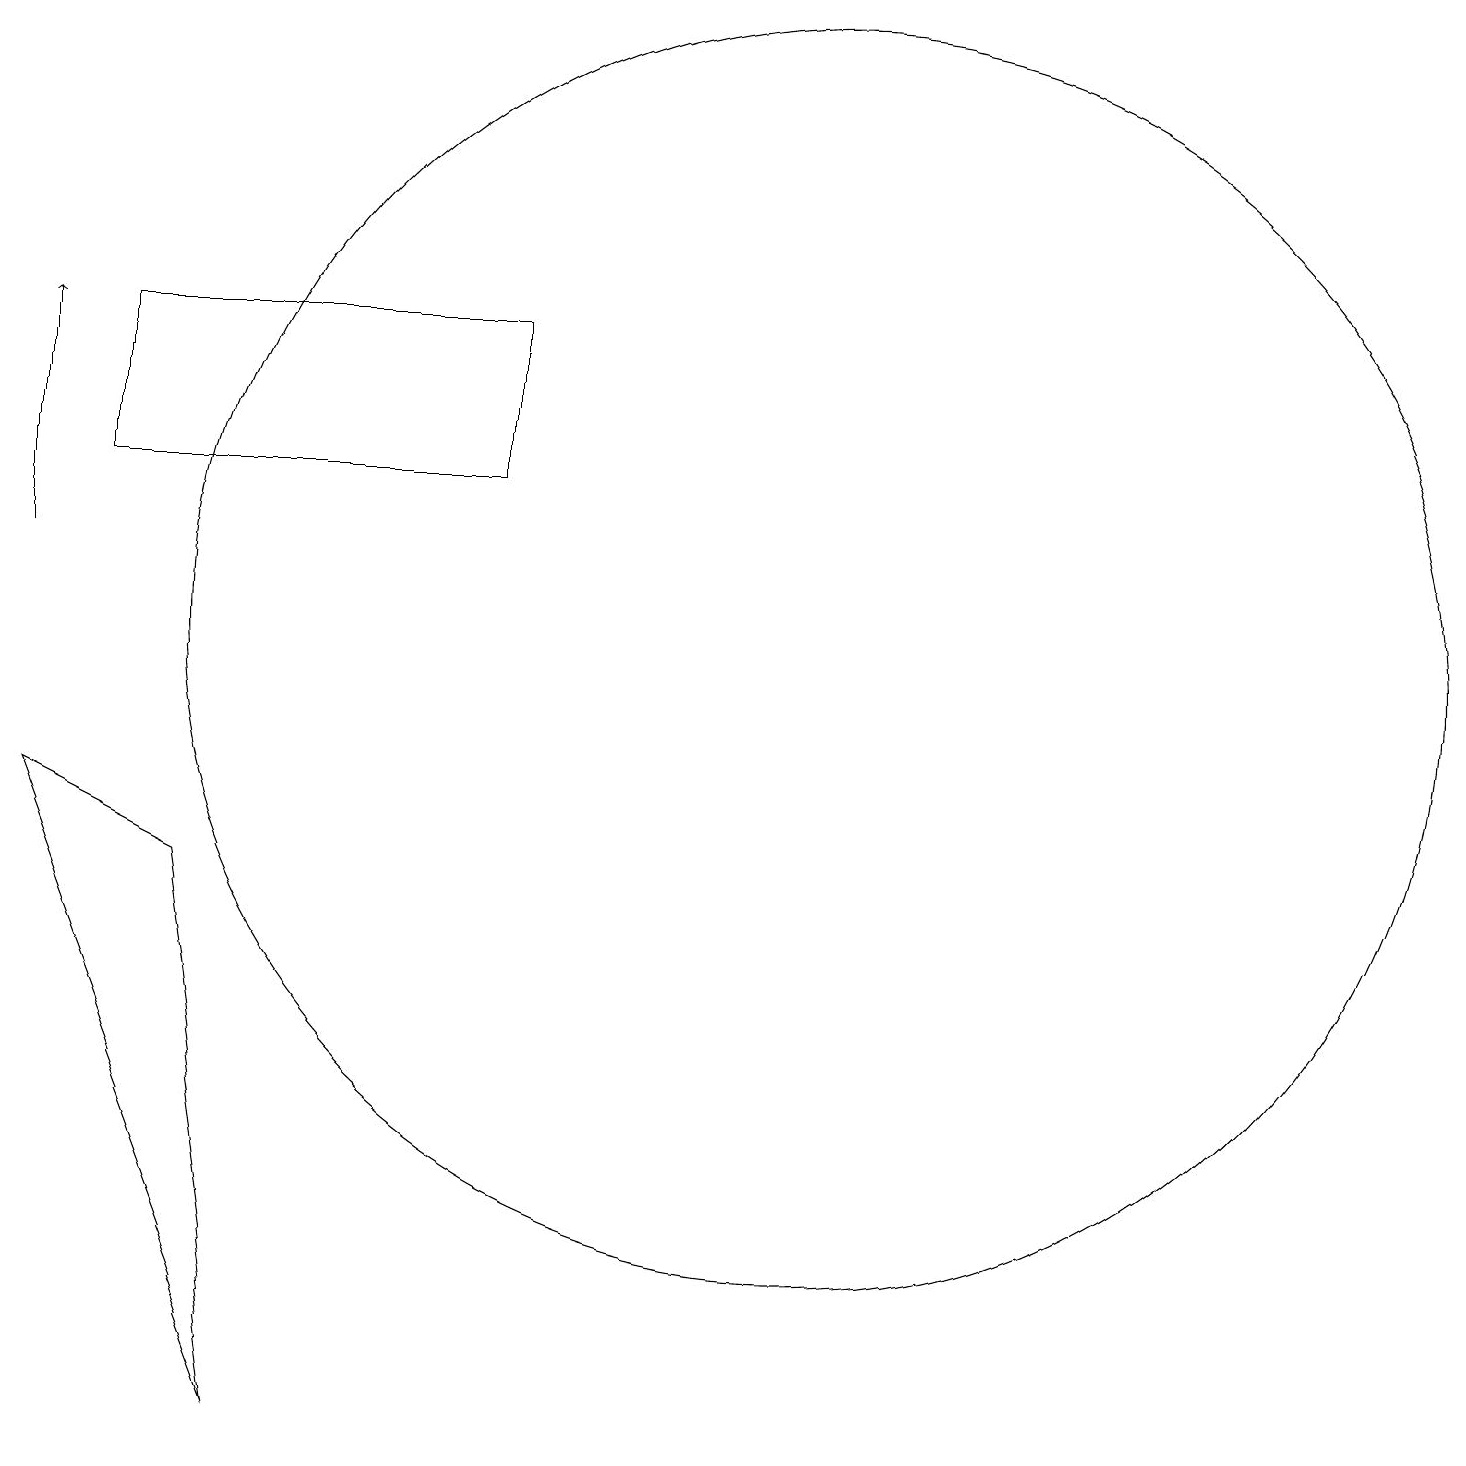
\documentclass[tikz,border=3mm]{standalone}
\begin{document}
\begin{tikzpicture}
\draw (10,10) circle (8);
\draw (2,7) -- (3,0) -- (0,8) -- cycle;
\draw (11,10) circle (0);
\draw[->] (0,11) -- (0,14);
\draw (1,12) rectangle (6,14);
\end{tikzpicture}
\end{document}